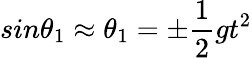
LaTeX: sin\theta_{1}\approx\theta_{1}=\pm\frac{1}{2}gt^{2}